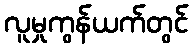
လူမှုကွန်ယက်တွင်